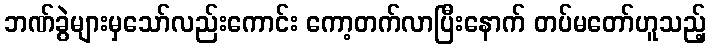
ဘဏ်ခွဲများမှသော်လည်းကောင်း ကော့တက်လာပြီးနောက် တပ်မတော်ဟူသည့်